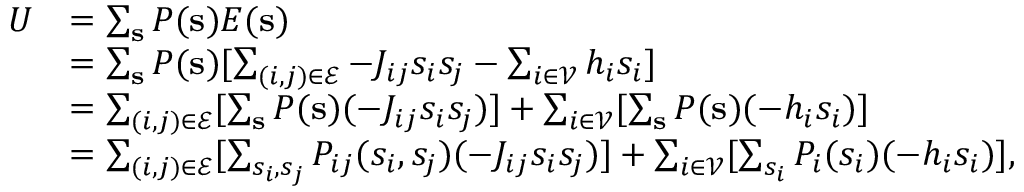
\begin{array} { r l } { U } & { = \sum _ { \mathbf { s } } P ( \mathbf { s } ) E ( \mathbf { s } ) } \\ & { = \sum _ { \mathbf { s } } P ( \mathbf { s } ) [ \sum _ { ( i , j ) \in \mathcal { E } } - J _ { i j } s _ { i } s _ { j } - \sum _ { i \in \mathcal { V } } h _ { i } s _ { i } ] } \\ & { = \sum _ { ( i , j ) \in \mathcal { E } } [ \sum _ { \mathbf { s } } P ( \mathbf { s } ) ( - J _ { i j } s _ { i } s _ { j } ) ] + \sum _ { i \in \mathcal { V } } [ \sum _ { \mathbf { s } } P ( \mathbf { s } ) ( - h _ { i } s _ { i } ) ] } \\ & { = \sum _ { ( i , j ) \in \mathcal { E } } [ \sum _ { s _ { i } , s _ { j } } P _ { i j } ( s _ { i } , s _ { j } ) ( - J _ { i j } s _ { i } s _ { j } ) ] + \sum _ { i \in \mathcal { V } } [ \sum _ { s _ { i } } P _ { i } ( s _ { i } ) ( - h _ { i } s _ { i } ) ] , } \end{array}